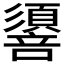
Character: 𢒷